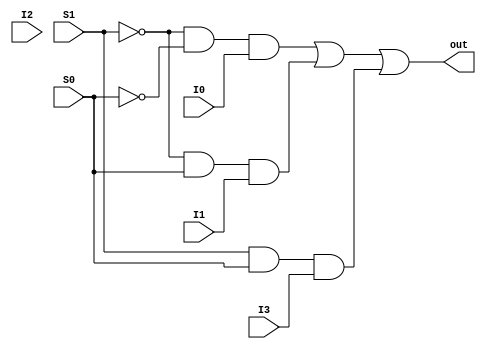
module MUX4_to_1 (
	output wire out,
	input  wire I0, I1, I2, I3,
	input  wire S1, S0
);

 assign out = (~S1 & ~S0 & I0) | (~S1 & S0 & I1) | (S1 & S0 & I3);

endmodule



module MUX4_to_1_two (
	output wire out,
	input  wire I0, I1, I2, I3,
	input  wire S1, S0
);

 assign out = S1 ? (S0 ? I3 : I2) : (S0 ? I1 : I0);

endmodule